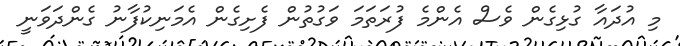
މި އުދައާ ގުޅިގެން ވެސް އެންމެ ފުރަތަމަ ވަގުތުން ފެށިގެން އެމަނިކުފާނު ގެންދަވަނީ